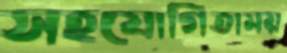
সহযোগিতাময়